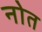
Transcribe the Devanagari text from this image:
नोत